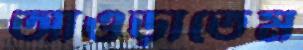
আওড়াতেম